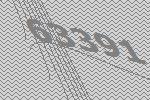
63391